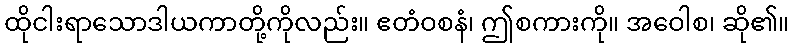
ထိုငါးရာသောဒါယကာတို့ကိုလည်း။ ဧတံဝစနံ၊ ဤစကားကို။ အဝေါစ၊ ဆို၏။